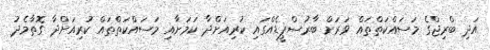
އަދި ބްރިޖްގެ މަސައްކަތްތައް ވަރަށް ބާރުސްޕީޑެއްގައި ކުރިއަށްދާ ކަމަށާއި މަސައްކަތްތައް ކުރިއަށްދާ ގޮތާމެދު